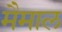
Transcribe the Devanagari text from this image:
मैमाल